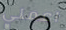
اعملي